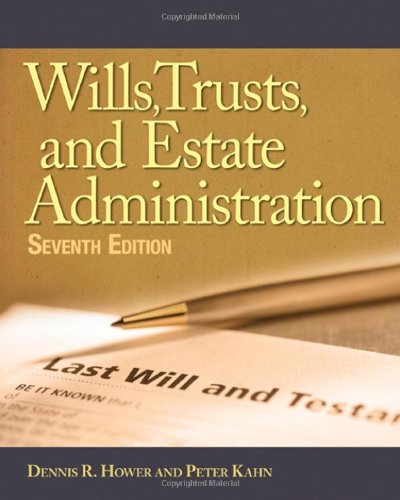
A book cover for Wills, Trusts, and Estates Administration; Dennis R. Hower; Law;